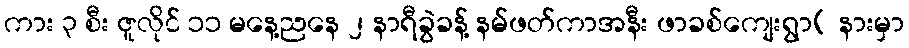
ကား ၃ စီး ဇူလိုင် ၁၁ မနေ့ညနေ ၂ နာရီခွဲခန့် နမ်ဖတ်ကာအနီး ဖာခစ်ကျေးရွာ( နားမှာ